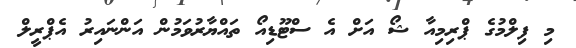
މި ފިލްމުގެ ޕްރިމިއާ ޝޯ އަށް އެ ސްޓޫޑިއޯ ތައްޔާރުވަމުން އަންނައިރު އެޕްރީލް